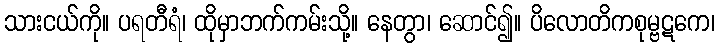
သားငယ်ကို။ ပရတီရံ၊ ထိုမှာဘက်ကမ်းသို့။ နေတွာ၊ ဆောင်၍။ ပိလောတိကစုမ္ဗဋကေ၊